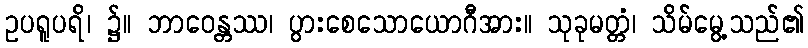
ဥပရူပရိ၊ ၌။ ဘာဝေန္တဿ၊ ပွားစေသောယောဂီအား။ သုခုမတ္တံ၊ သိမ်မွေ့သည်၏